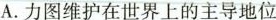
A.力图维护在世界上的主导地位